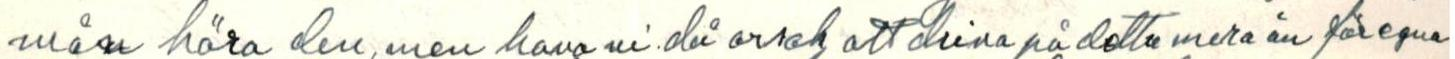
mån höra den, men hava ni då orsak att driva på detta mera än för egna